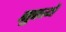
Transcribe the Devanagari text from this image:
सुरत्ये